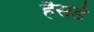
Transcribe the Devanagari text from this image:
हैसर्ड